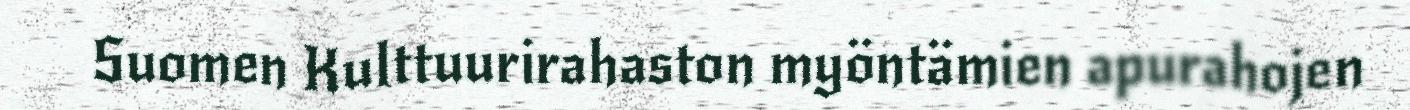
Suomen Kulttuurirahaston myöntämien apurahojen